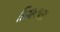
દિવાનપરા